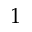
1